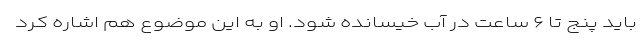
باید پنج تا ۶ ساعت در آب خیسانده شود. او به این موضوع هم اشاره کرد